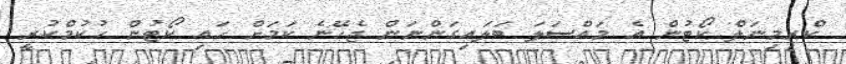
ކްރިމިނަލް ކޯޓުން އެ މައްސަލަ ބަލައިގަންނަން ޖެހޭނެ ކަމަށް ހައި ކޯޓުން ހުކުމްކުރީ